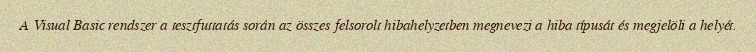
A Visual Basic rendszer a tesztfuttatás során az összes felsorolt hibahelyzetben megnevezi a hiba típusát és megjelöli a helyét.